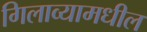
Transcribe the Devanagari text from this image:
गिलाव्यामधील